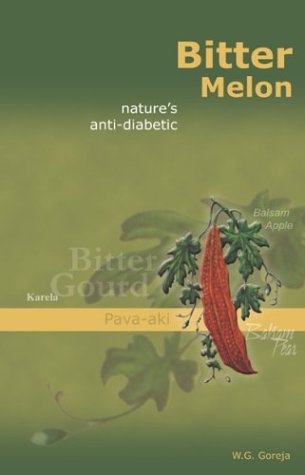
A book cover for Bitter Melon: Nature's Anti-Diabetic; W. G. Goreja; Health, Fitness & Dieting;